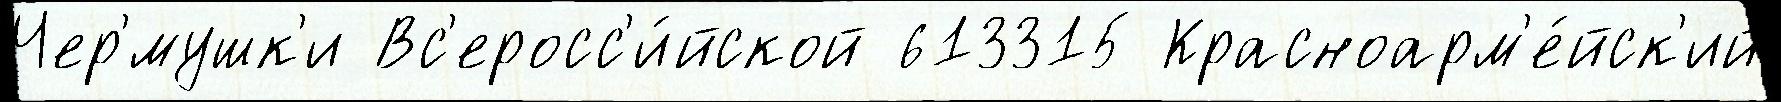
Чер'́мушк'и Вс'еросс'и́йской 613315 Красноарм'е́йск'ий